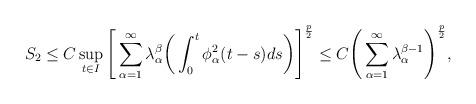
LaTeX: \begin{align*}S_2\le C \sup_{t \in I} \Bigg[\sum_{\alpha=1}^\infty \lambda_\alpha^\beta \bigg(\int_0^t \phi_\alpha^2(t-s) ds\bigg) \Bigg]^\frac p2\le C \Bigg(\sum_{\alpha=1}^\infty \lambda_\alpha^{\beta-1} \Bigg)^\frac p2, \end{align*}